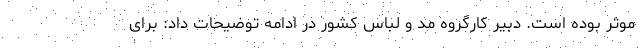
موثر بوده است. دبیر کارگروه مد و لباس کشور در ادامه توضیحات داد: برای